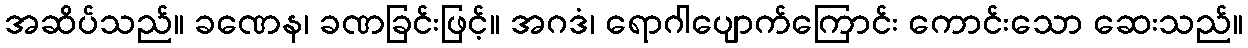
အဆိပ်သည်။ ခဏေန၊ ခဏခြင်းဖြင့်။ အဂဒံ၊ ရောဂါပျောက်ကြောင်း ကောင်းသော ဆေးသည်။